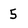
Character: 5